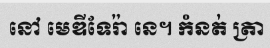
នៅ មេឌីទែរ៉ា នេ។ កំនត់ ត្រា